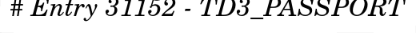
# Entry 31152 - TD3_PASSPORT